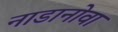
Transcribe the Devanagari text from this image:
नाडानोवा